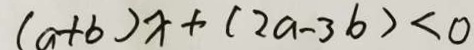
( a + b ) x + ( 2 a - 3 b ) < 0